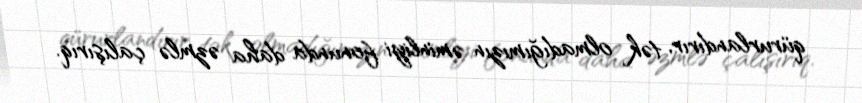
qürurlandırır, tək olmadığımızın əminliyi fonunda daha əzmlə çalışırıq.